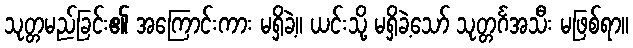
သုတ္တမည်ခြင်း၏ အကြောင်းကား မရှိခဲ့။ ယင်းသို့ မရှိခဲ့သော် သုတ္တင်္ဂအသီး မဖြစ်ရာ။